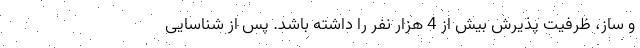
و ساز، ظرفیت پذیرش بیش از 4 هزار نفر را داشته باشد. پس از شناسایی